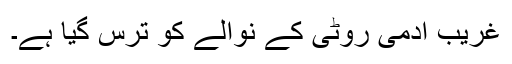
غریب آدمی روٹی کے نوالے کو ترس گیا ہے۔